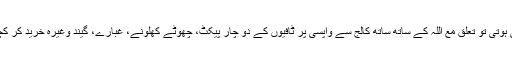
نینا بھی جب کبھی مایوس سی ہوتی تو تعلق مع اللہ کے ساتھ ساتھ کالج سے واپسی پر ٹافیوں کے دو چار پیکٹ، چھوٹے کھلونے، غبارے، گیند وغیرہ خرید کر کچی بستی کی طرف چلی جاتی۔